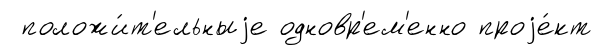
положи́т'ельныjе одновр'ем'енно проjе́кт